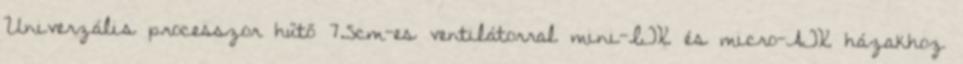
Univerzális processzor hűtő 7.5cm-es ventilátorral mini-ITX és micro-ATX házakhoz